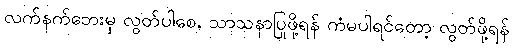
လက်နက်ဘေးမှ လွတ်ပါစေ, သာသနာပြုဖို့ရန် ကံမပါရင်တော့ လွတ်ဖို့ရန်